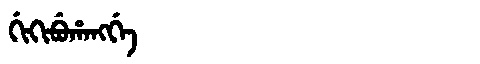
Manchu: ᡤᡳᡴᡳᠪᡠᡥᠠᠩᡤᡝ
Romanization: GIKIBUHANGGE